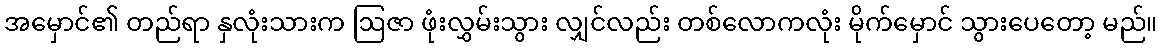
အမှောင်၏ တည်ရာ နှလုံးသားက ဩဇာ ဖုံးလွှမ်းသွား လျှင်လည်း တစ်လောကလုံး မိုက်မှောင် သွားပေတော့ မည်။